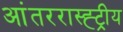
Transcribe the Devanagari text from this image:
आंतररास्ह्ट्रीय